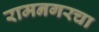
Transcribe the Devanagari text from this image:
रामनगरचा